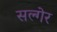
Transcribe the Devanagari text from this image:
सल्गेर